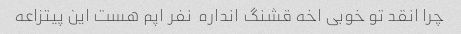
چرا انقد تو خوبی اخه قشنگ انداره  نفر اپم هست این پیتزاعه